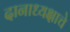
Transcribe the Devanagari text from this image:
दानाध्यक्षाचे